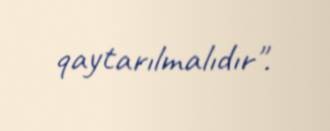
qaytarılmalıdır".